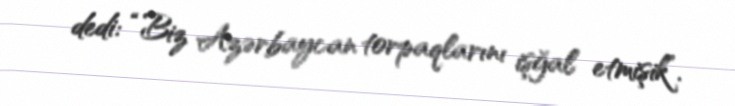
dedi: “Biz Azərbaycan torpaqlarını işğal etmişik”.